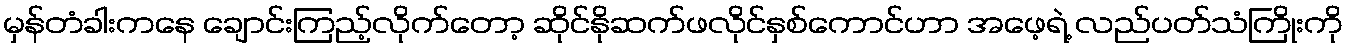
မှန်တံခါးကနေ ချောင်းကြည့်လိုက်တော့ ဆိုင်နိုဆက်ဖလိုင်နှစ်ကောင်ဟာ အဖေ့ရဲ့ လည်ပတ်သံကြိုးကို